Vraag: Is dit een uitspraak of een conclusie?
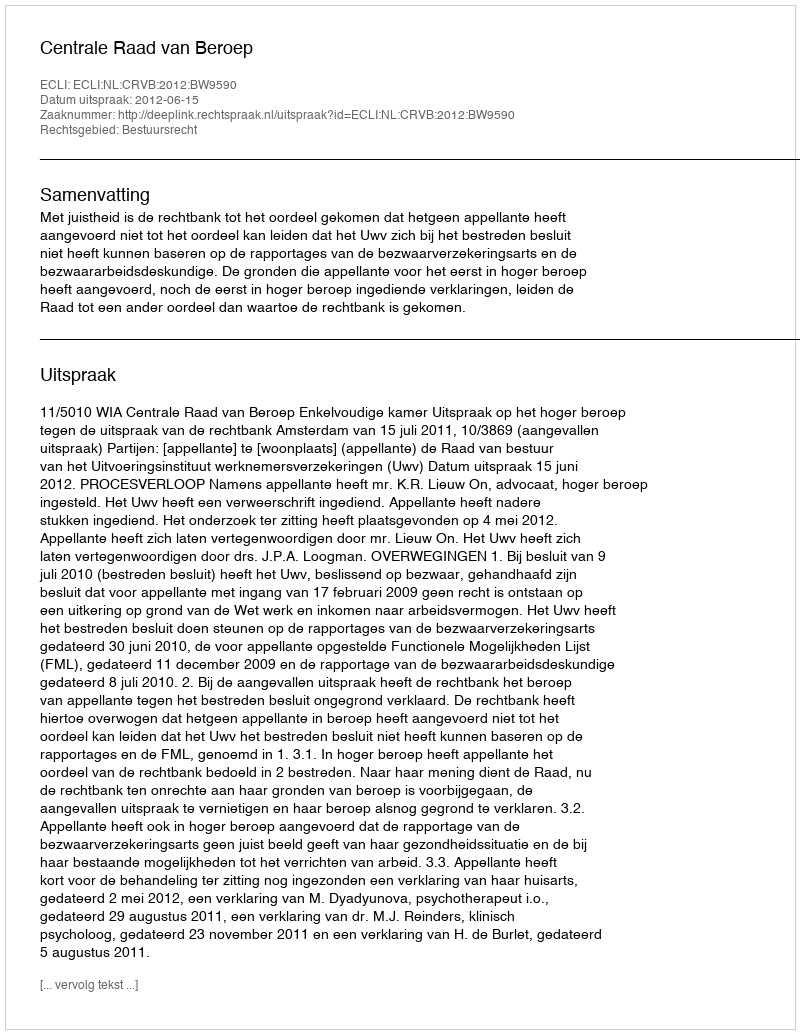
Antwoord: Uitspraak